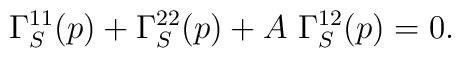
\Gamma_S^{11}(p)+\Gamma_S^{22}(p)+A \ \Gamma_S^{12}(p)=0.